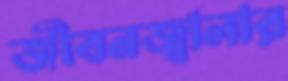
জীবনজ্বালার